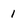
Character: 1